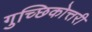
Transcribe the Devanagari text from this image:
गुच्छिकोत्तरी